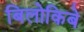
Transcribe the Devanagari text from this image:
बिलोकिबे